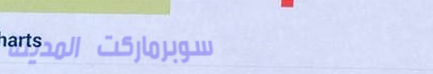
سوبرماركت المدينة